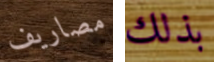
مصاريف بذلك